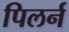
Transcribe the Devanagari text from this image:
पिलर्न